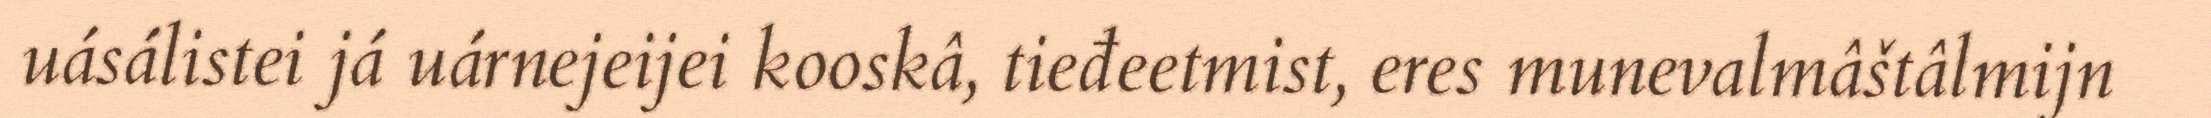
uásálistei já uárnejeijei kooskâ, tieđeetmist, eres munevalmâštâlmijn